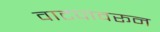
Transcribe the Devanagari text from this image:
वाटपावरून